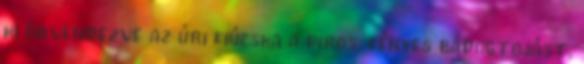
ki örvendezve az úri fiúcska a piros, fényes bádogtojást.